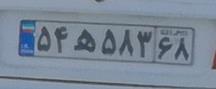
۵۴ه۵۸۳۶۸